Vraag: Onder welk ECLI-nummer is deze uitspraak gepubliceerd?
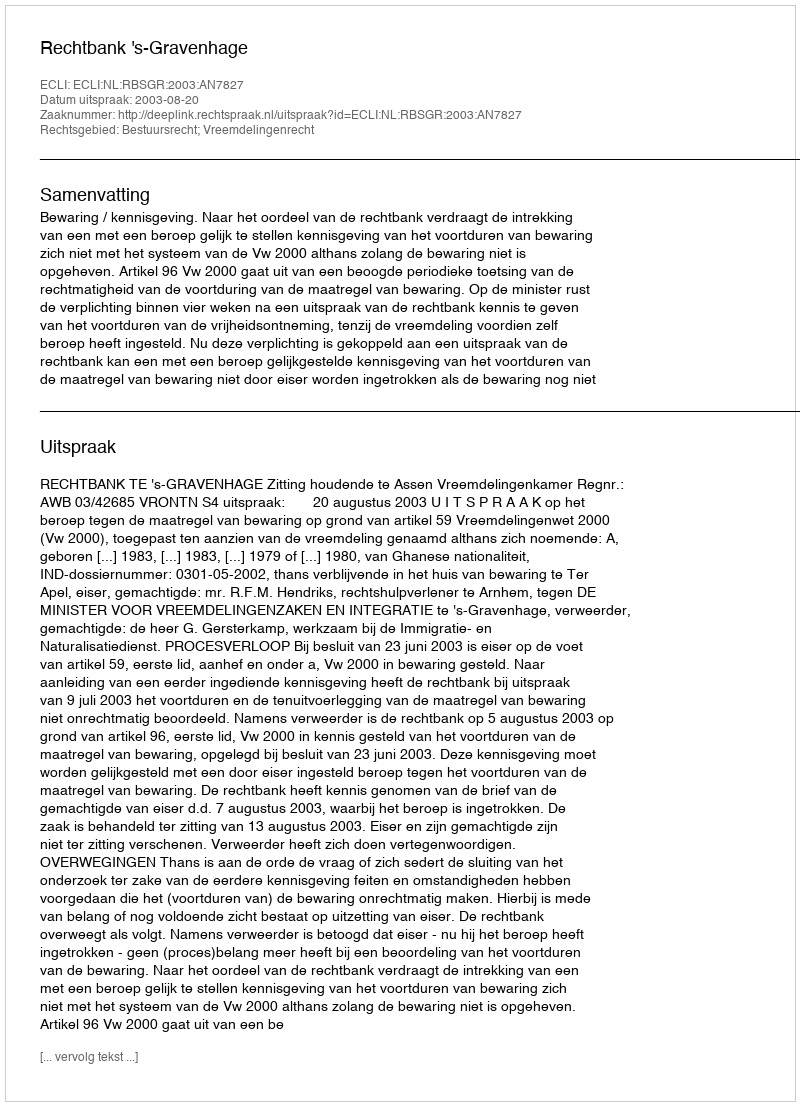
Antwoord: ECLI:NL:RBSGR:2003:AN7827